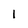
Character: 1